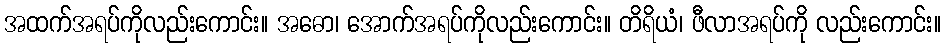
အထက်အရပ်ကိုလည်းကောင်း။ အဓော၊ အောက်အရပ်ကိုလည်းကောင်း။ တိရိယံ၊ ဖီလာအရပ်ကို လည်းကောင်း။